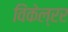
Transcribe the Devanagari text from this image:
विंकेल्रर